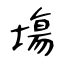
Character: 塲